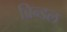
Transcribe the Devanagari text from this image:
ब्रिन्डल